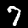
Label: 7